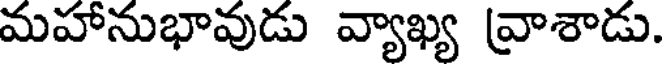
మహానుభావుడు వ్యాఖ్య వ్రాశాడు.